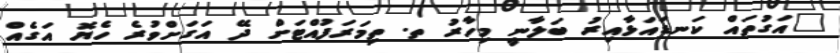
"އަގުތައް ކަނޑައަޅާއިރު ބަލާނީ މިހާރު ތ. ތިމަރަފުއްޓަށް ދޭ އަގަށްވުރެ ހެޔޮ އަގެއް